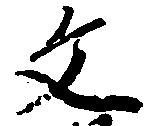
文